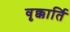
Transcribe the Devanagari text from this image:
वृक्कार्ति